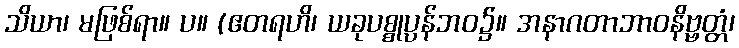
သိယာ၊ မဖြစ်ရာ။ ပ။ (ဧတရဟိ၊ ယခုပစ္စုပ္ပန်ဘဝ၌။ အနာဂတာဘာဝနိဗ္ဗတ္တံ၊